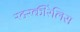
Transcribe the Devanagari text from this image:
स्टरकीरैलिस